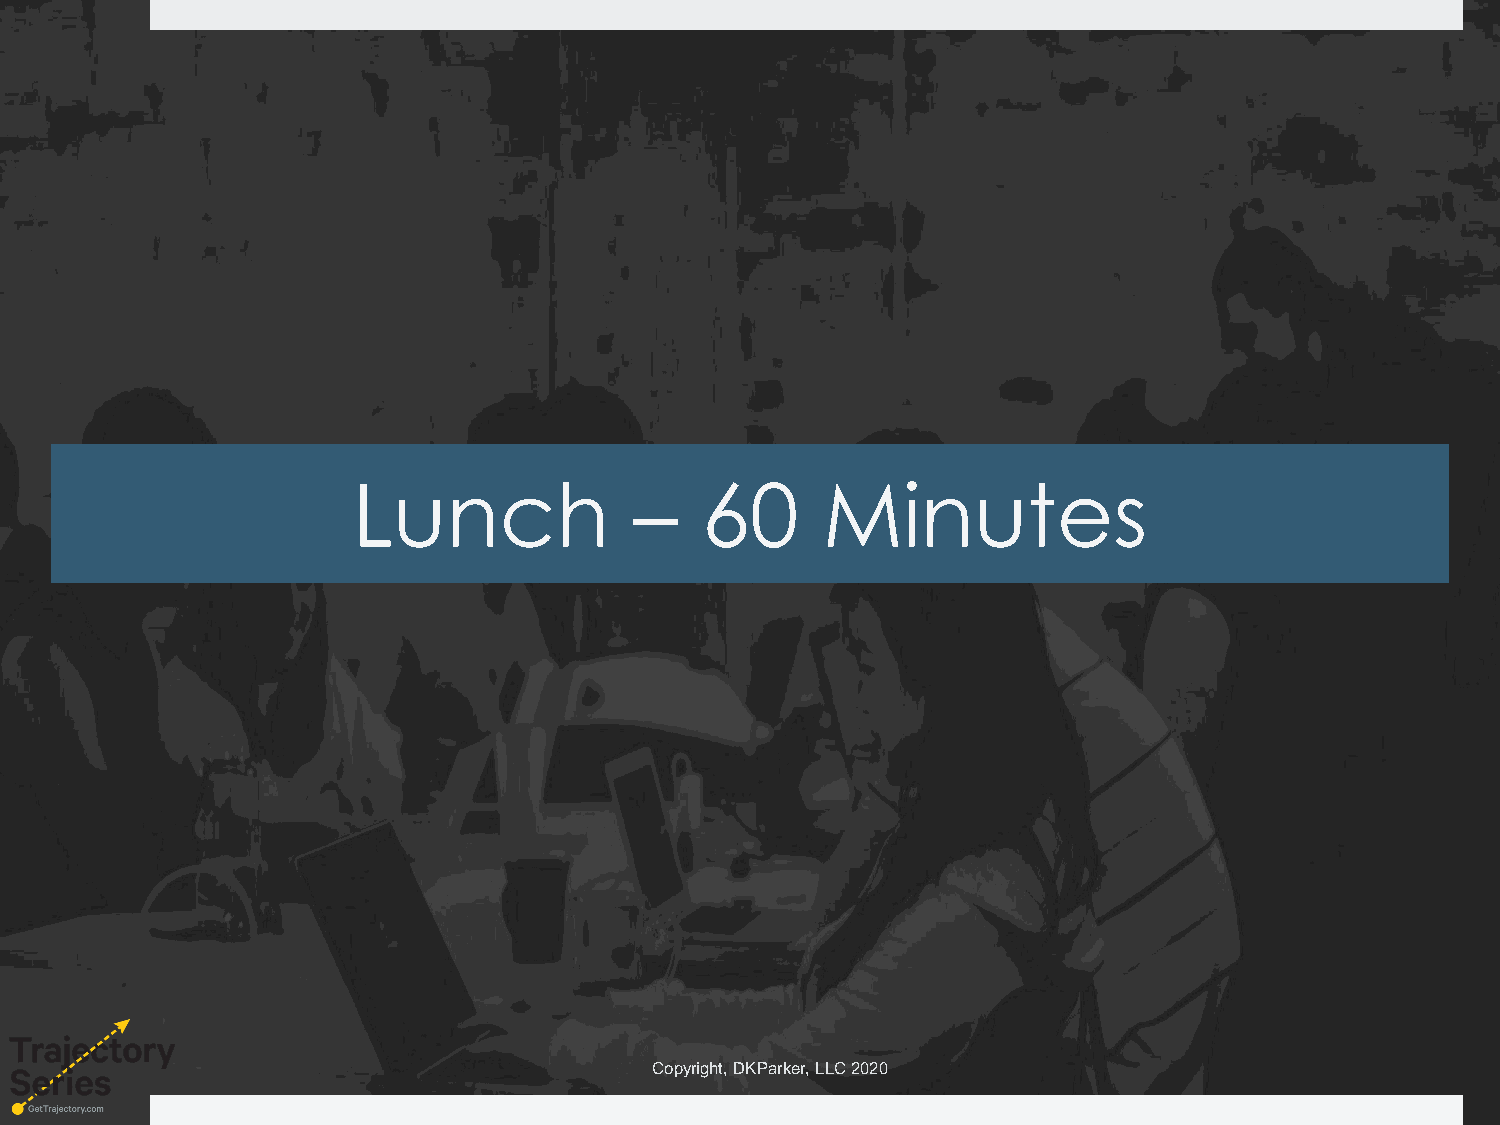
Lunch              –   60      Minutes
 Copyright, DKParker, LLC 2020